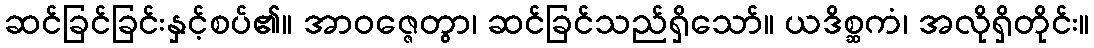
ဆင်ခြင်ခြင်းနှင့်စပ်၏။ အာဝဇ္ဇေတွာ၊ ဆင်ခြင်သည်ရှိသော်။ ယဒိစ္ဆကံ၊ အလိုရှိတိုင်း။